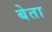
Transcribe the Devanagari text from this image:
बेता